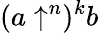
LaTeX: (a\uparrow^{n})^{k}b